Report on horse surra - Volume II, Part I
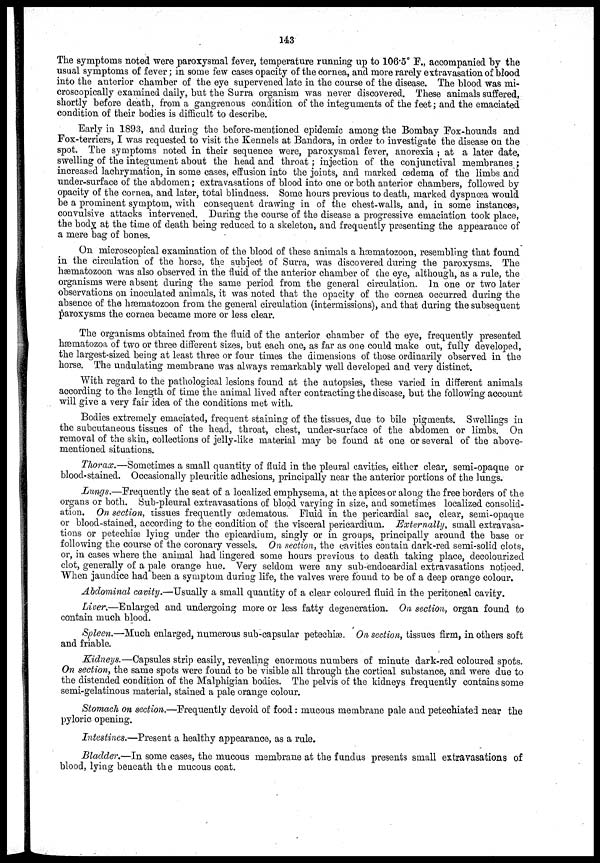
143
The symptoms noted were paroxysmal fever, temperature running up to 106.5° F., accompanied by the
usual symptoms of fever; in some few cases opacity of the cornea, and more rarely extravasation of blood
into the anterior chamber of the eye supervened late in the course of the disease. The blood was mi-
croscopically examined daily, but the Surra organism was never discovered. These animals suffered,
shortly before death, from a gangrenous condition of the integuments of the feet; and the emaciated
condition of their bodies is difficult to describe.
Early in 1893, and during the before-mentioned epidemic among the Bombay Fox-hounds and
Fox-terriers, I was requested to visit the Kennels at Bandora, in order to investigate the disease on the
spot. The symptoms noted in their sequence were, paroxysmal fever, anorexia ; at a later date,
swelling of the integument about the head and throat ; injection of the conjunctival membranes ;
increased lachrymation, in some cases, effusion into the joints, and marked œdema of the limbs and
under-surface of the abdomen; extravasations of blood into one or both anterior chambers, followed by
opacity of the cornea, and later, total blindness. Some hours previous to death, marked dyspnœa would
be a prominent symptom, with consequent drawing in of the chest-walls, and, in some instances,
convulsive attacks intervened. During the course of the disease a progressive emaciation took place,
the body at the time of death being reduced to a skeleton, and frequently presenting the appearance of
a mere bag of bones.
On microscopical examination of the blood of these animals a hæmatozoon, resembling that found
in the circulation of the horse, the subject of Surra, was discovered during the paroxysms. The
hæmatozoon was also observed in the fluid of the anterior chamber of the eye, although, as a rule, the
organisms were absent during the same period from the general circulation. In one or two later
observations on inoculated animals, it was noted that the opacity of the cornea occurred during the
absence of the hæmatozoon from the general circulation (intermissions), and that during the subsequent
paroxysms the cornea became more or less clear.
The organisms obtained from the fluid of the anterior chamber of the eye, frequently presented
hæmatozoa of two or three different sizes, but each one, as far as one could make out, fully developed,
the largest-sized being at least three or four times the dimensions of those ordinarily observed in the
horse. The undulating membrane was always remarkably well developed and very distinct.
With regard to the pathological lesions found at the autopsies, these varied in different animals
according to the length of time the animal lived after contracting the disease, but the following account
will give a very fair idea of the conditions met with.
Bodies extremely emaciated, frequent staining of the tissues, due to bile pigments. Swellings in
the subcutaneous tissues of the head, throat, chest, under-surface of the abdomen or limbs. On
removal of the skin, collections of jelly-like material may be found at one or several of the above-
mentioned situations.
Thorax.—Sometimes a small quantity of fluid in the pleural cavities, either clear, semi-opaque or
blood-stained. Occasionally pleuritic adhesions, principally near the anterior portions of the lungs.
Lungs.—Frequently the seat of a localized emphysema, at the apices or along the free borders of the
organs or both. Sub-pleural extravasations of blood varying in size, and sometimes localized consolid-
ation. On section, tissues frequently œdematous. Fluid in the pericardial sac, clear, semi-opaque
or blood-stained, according to the condition of the visceral pericardium. Externally, small extravasa-
tions or petechiæ lying under the epicardium, singly or in groups, principally around the base or
following the course of the coronary vessels. On section, the cavities contain dark-red semi-solid clots,
or, in cases where the animal had lingered some hours previous to death taking place, decolourized
clot, generally of a pale orange hue. Very seldom were any sub-endocardial extravasations noticed.
When jaundice had been a symptom during life, the valves were found to be of a deep orange colour.
Abdominal cavity.—Usually a small quantity of a clear coloured fluid in the peritoneal cavity.
Liver.—Enlarged and undergoing more or less fatty degeneration. On section, organ found to
contain much blood.
Spleen.—Much enlarged, numerous sub-capsular petechiæ. On section, tissues firm, in others soft
and friable.
Kidneys.—Capsules strip easily, revealing enormous numbers of minute dark-red coloured spots.
On section, the same spots were found to be visible all through the cortical substance, and were due to
the distended condition of the Malphigian bodies. The pelvis of the kidneys frequently contains some
semi-gelatinous material, stained a pale orange colour.
Stomach on section.—Frequently devoid of food: mucous membrane pale and petechiated near the
pyloric opening.
Intestines.—Present a healthy appearance, as a rule.
Bladder.—In some cases, the mucous membrane at the fundus presents small extravasations of
blood, lying beneath the mucous coat.